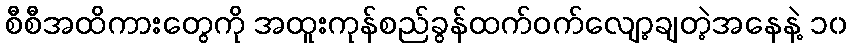
စီစီအထိကားတွေကို အထူးကုန်စည်ခွန်ထက်ဝက်လျော့ချတဲ့အနေနဲ့ ၁၀